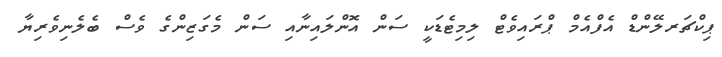
ޕިކްޗަރލޭންޑް އެފްއެމް ޕްރައިވެޓް ލިމިޓެޑަކީ ސަން އޮންލައިނާއި ސަން މެގަޒިންގެ ވެސް ބެލެނިވެރިޔާ